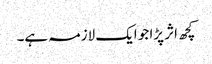
کچھ اثر پڑا جو ایک لازمہ ہے۔